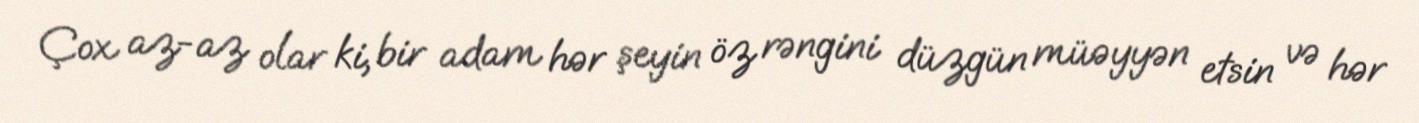
Çox az-az olar ki, bir adam hər şeyin öz rəngini düzgün müəyyən etsin və hər